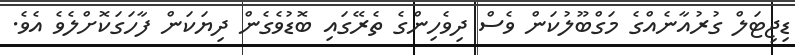
ޑިޖިޓަލް ގުރުއާނެއްގެ މަގްބޫލުކަން ވެސް ދިވެހިންގެ ތެރޭގައި ބޮޑުވެގެން ދިޔަކަން ފާހަގަކޮށްލެވެ އެވެ.